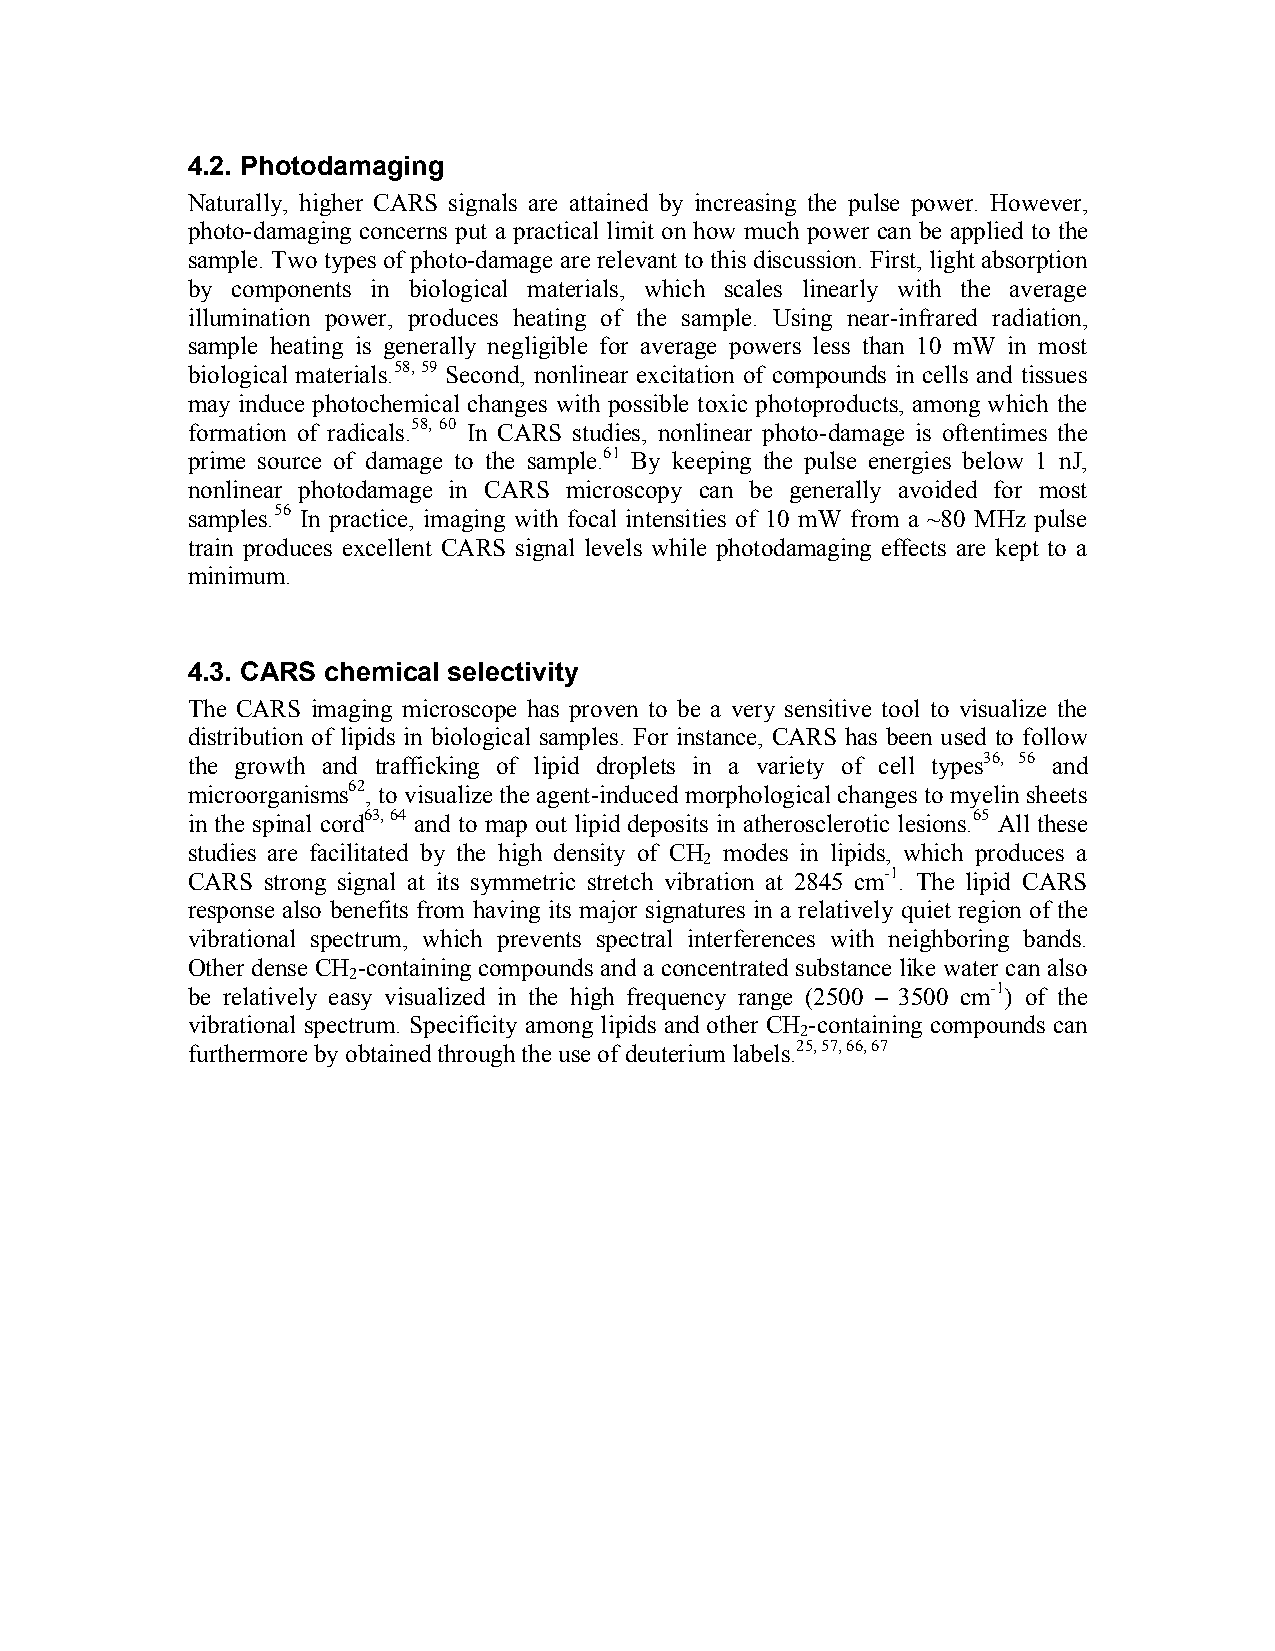
4.2. Photodamaging
 Naturally, higher CARS signals are attained by increasing the pulse power. However,
 photo-damaging concerns put a practical limit on how much power can be applied to the
 sample. Two types of photo-damage are relevant to this discussion. First, light absorption
 by components in biological materials, which scales linearly with the average
 illumination power, produces heating of the sample. Using near-infrared radiation,
 sample heating is generally negligible for average powers less than 10 mW in most
 biological materials.58, 59 Second, nonlinear excitation of compounds in cells and tissues
 may induce photochemical changes with possible toxic photoproducts, among which the
 formation of radicals.58, 60 In CARS studies, nonlinear photo-damage is oftentimes the
 prime source of damage to the sample.61 By keeping the pulse energies below 1 nJ,
 nonlinear photodamage in CARS microscopy can be generally avoided for most
 samples.56 In practice, imaging with focal intensities of 10 mW from a ~80 MHz pulse
 train produces excellent CARS signal levels while photodamaging effects are kept to a
 minimum.
 4.3. CARS chemical selectivity
 The CARS imaging microscope has proven to be a very sensitive tool to visualize the
 distribution of lipids in biological samples. For instance, CARS has been used to follow
 the growth and trafficking of lipid droplets in a variety of cell types36, 56 and
 microorganisms62, to visualize the agent-induced morphological changes to myelin sheets
 in the spinal cord63, 64 and to map out lipid deposits in atherosclerotic lesions.65 All these
 studies are facilitated by the high density of CH modes in lipids, which produces a
 2
 CARS strong signal at its symmetric stretch vibration at 2845 cm-1. The lipid CARS
 response also benefits from having its major signatures in a relatively quiet region of the
 vibrational spectrum, which prevents spectral interferences with neighboring bands.
 Other dense CH -containing compounds and a concentrated substance like water can also
 2
 be relatively easy visualized in the high frequency range (2500 – 3500 cm-1) of the
 vibrational spectrum. Specificity among lipids and other CH -containing compounds can
 2
 furthermore by obtained through the use of deuterium labels.25, 57, 66, 67